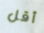
أقل